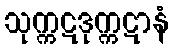
သုက္ကဋဒုက္ကဋာနံ